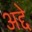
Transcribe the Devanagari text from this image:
अद्दे